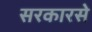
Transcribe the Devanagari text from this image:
सरकारसे